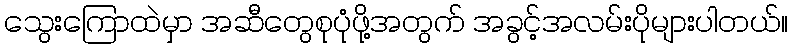
သွေးကြောထဲမှာ အဆီတွေစုပုံဖို့အတွက် အခွင့်အလမ်းပိုများပါတယ်။